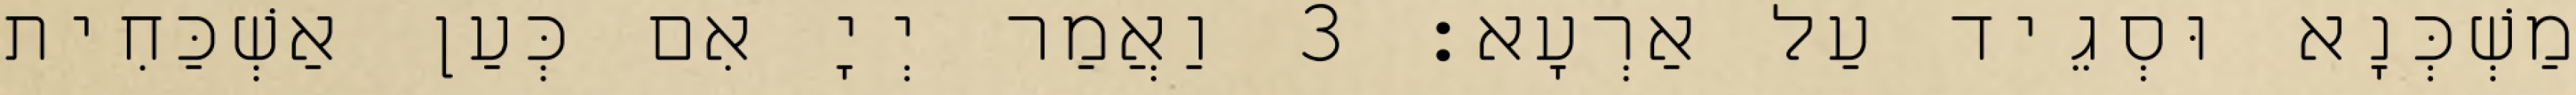
מַשְׁכְּנָא וּסְגֵיד עַל אַרְעָא׃ 3 וַאֲמַר יְיָ אִם כְּעַן אַשְׁכַּחִית